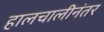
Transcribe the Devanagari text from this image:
हालचालीनंतर